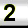
Digit: 2